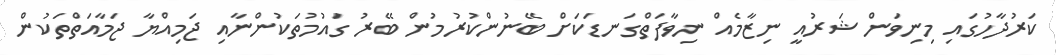
ކަރުދާހުގައި މިނިވަން ޝަރުއީ ނިޒާމެއް ނިވާފަތްގަނޑަކަށް ބޭނުންކުރުމުން ބޭރު ގައުމުތަކުންނާއި ޖަމިއްޔާ ޖަމާއަތްތަކުން